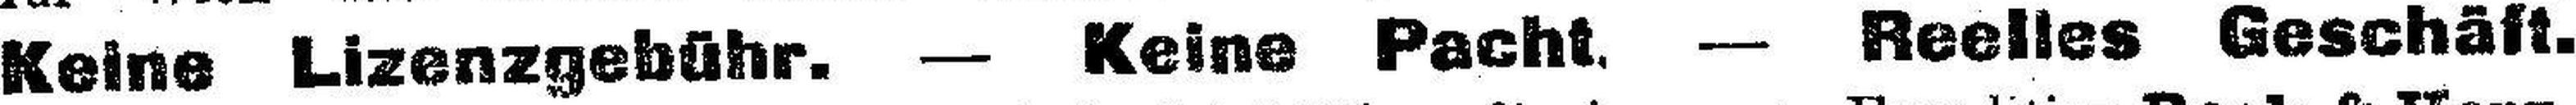
Keine Lizenzgebühr. — Keine Pacht. — Reelles Geschäft.